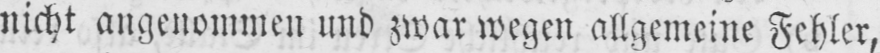
nicht angenommen und zwar wegen allgemeine Fehler,